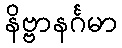
နိဗ္ဗာနင်္ဂမာ